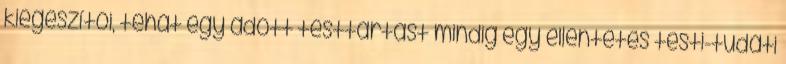
kiegészítői, tehát egy adott testtartást mindig egy ellentétes testi-tudati